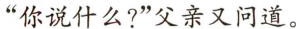
”你说什么?”父亲又问道。